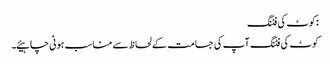
:کوٹ کی فٹنگ
کوٹ کی فٹنگ آپ کی جسامت کے لحاظ سے مناسب ہونی چاہیئے۔